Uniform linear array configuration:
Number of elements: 12
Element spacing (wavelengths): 1
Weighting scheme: exponential
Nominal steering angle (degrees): -60
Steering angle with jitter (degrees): -60.045
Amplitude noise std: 0.05
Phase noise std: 0.05

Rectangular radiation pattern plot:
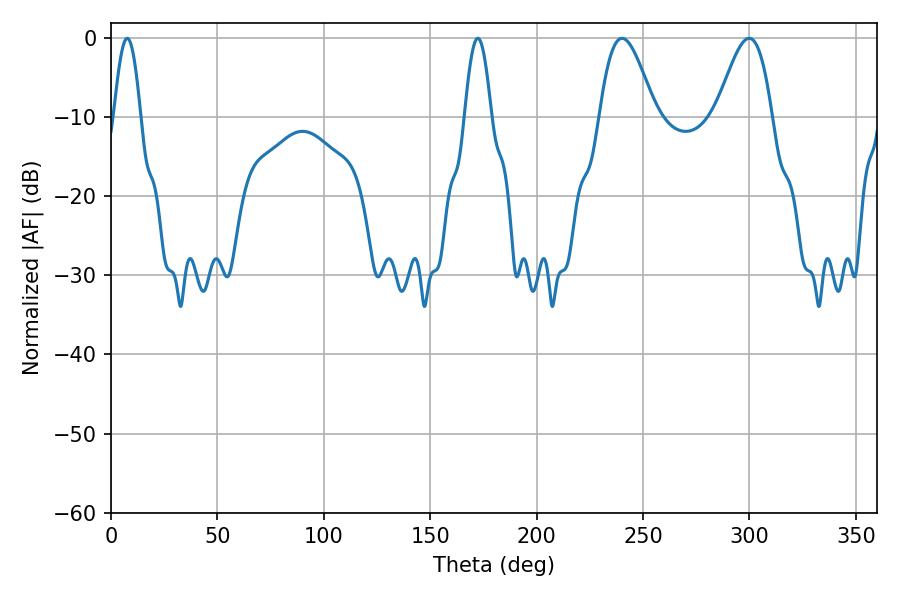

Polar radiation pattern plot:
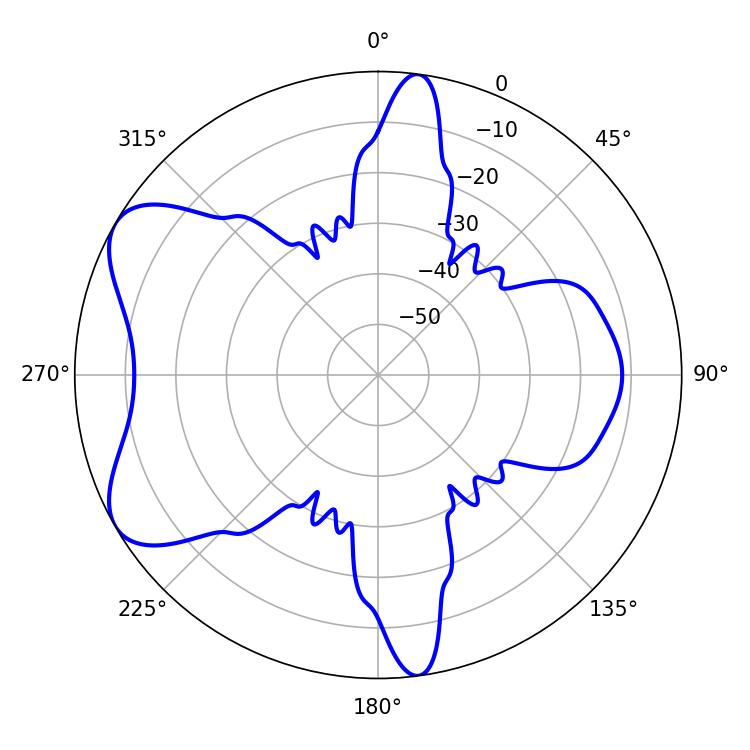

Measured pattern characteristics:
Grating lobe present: TRUE
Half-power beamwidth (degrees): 14.04
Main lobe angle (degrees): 240.12